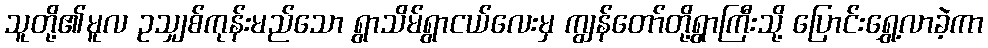
သူတို့၏မူလ ဥသျှစ်ကုန်းမည်သော ရွာသိမ်ရွာငယ်လေးမှ ကျွန်တော်တို့ရွာကြီးသို့ ပြောင်းရွှေ့လာခဲ့ကာ